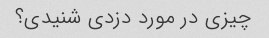
چیزی در مورد دزدی شنیدی؟